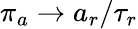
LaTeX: \pi_{a}\to a_{r}/\tau_{r}